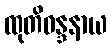
ထုတိဝန္ဒနာယ